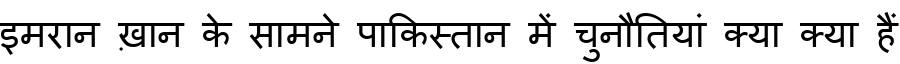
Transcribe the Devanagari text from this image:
इमरान ख़ान के सामने पाकिस्तान में चुनौतियां क्या क्या हैं